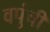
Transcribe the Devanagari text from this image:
वपुंची